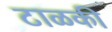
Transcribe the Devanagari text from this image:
टाळकी